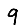
Digit: 9